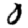
Digit: 0